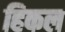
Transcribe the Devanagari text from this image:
हिकल